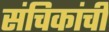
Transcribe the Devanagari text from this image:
संचिकांची